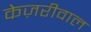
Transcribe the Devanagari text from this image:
केज़रीवाल